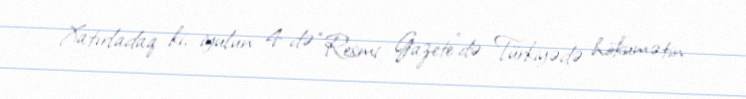
Xatırladaq ki, iyulun 4-də “Resmi Gazete”də Türkiyədə hökumətin